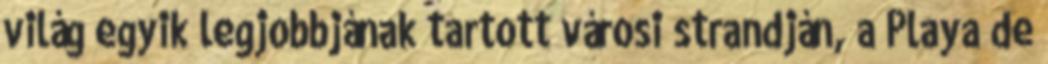
világ egyik legjobbjának tartott városi strandján, a Playa de